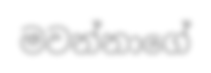
මවන්නාගේ